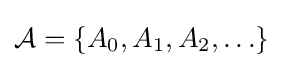
{\textstyle {\mathcal {A}}=\left\{A_{0},A_{1},A_{2},\ldots \right\}}